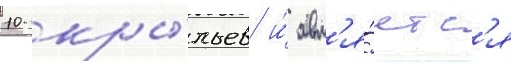
10 кры́льев и́ явл'я́етс'я